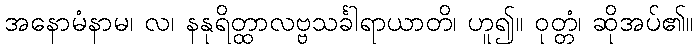
အနောမံနာမ၊ လ၊ နနုရိတ္ထာလဗ္ဗသင်္ခါရာယာတိ၊ ဟူ၍။ ဝုတ္တံ၊ ဆိုအပ်၏။